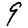
Digit: 9